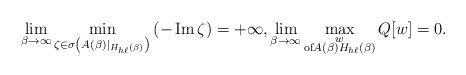
LaTeX: \begin{align*}\lim_{\beta\rightarrow\infty}\min_{\zeta\in\sigma\left( A\left(\beta\right) |_{H_{h\ell}\left( \beta\right) }\right) }\left(-\operatorname{Im}\zeta\right) =+\infty,\lim_{\beta\rightarrow\infty}\max\limits_{\substack{w\\\text{of}A\left( \beta\right) H_{h\ell}\left( \beta\right) }}Q[w]=0.\end{align*}